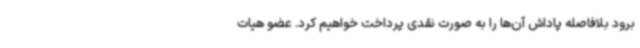
برود بلافاصله پاداش آن‌ها را به صورت نقدی پرداخت خواهیم کرد. عضو هیات